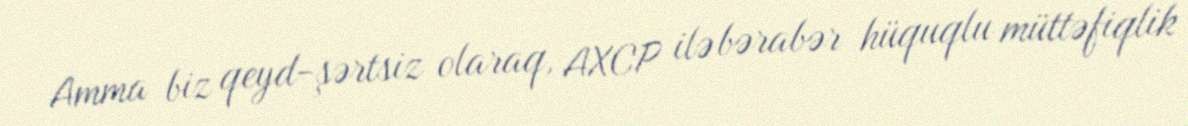
Amma biz qeyd-şərtsiz olaraq, AXCP ilə bərabər hüquqlu müttəfiqlik